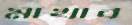
মাখাব